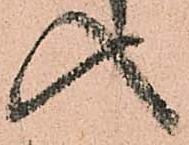
入